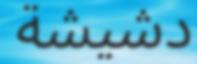
دشيشة